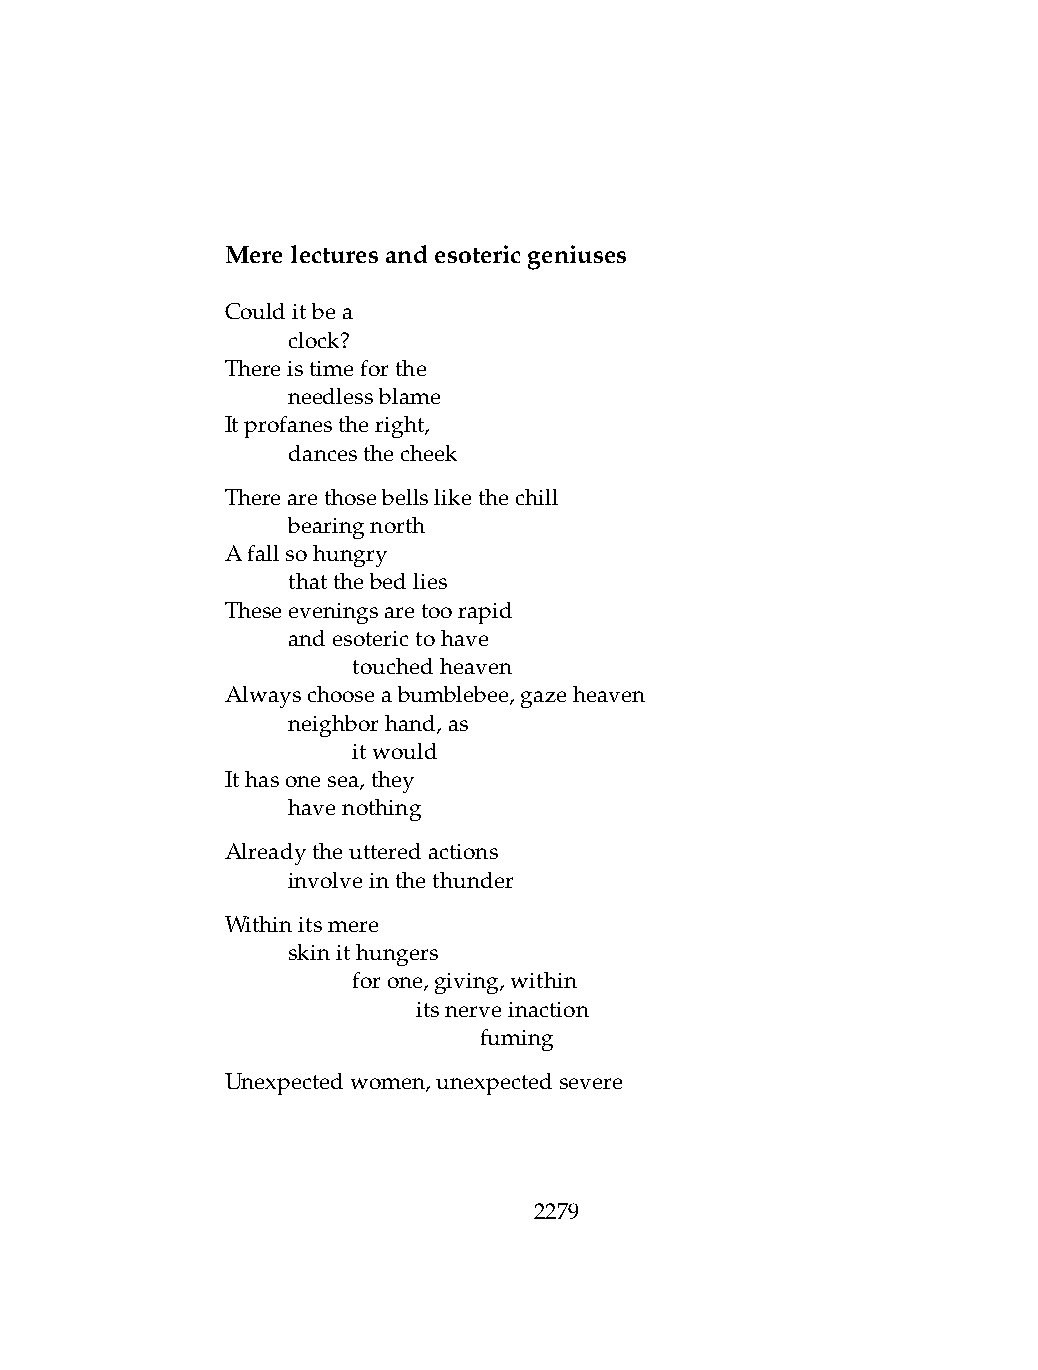
Merelecturesandesotericgeniuses
 Coulditbea
 .   clock?
 Thereistimeforthe
 .   needlessblame
 Itprofanestheright,
 .   dancesthecheek
 Therearethosebellslikethechill
 .   bearingnorth
 Afallsohungry
 .   thatthebedlies
 Theseeveningsaretoorapid
 .   andesoterictohave
 .   .   touchedheaven
 Alwayschooseabumblebee,gazeheaven
 .   neighborhand,as
 .   .   itwould
 Ithasonesea,they
 .   havenothing
 Alreadytheutteredactions
 .   involveinthethunder
 Withinitsmere
 .   skinithungers
 .   .   forone,giving,within
 .   .   .    itsnerveinaction
 .   .   .    .   fuming
 Unexpectedwomen,unexpectedsevere
 2279